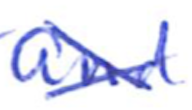
Text: and
Cross-out: cross
Writing tool: ballpoint